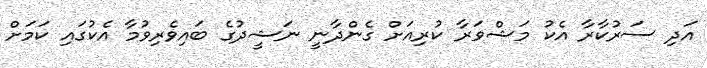
އަދި ސަރުކާރާ އެކު މަޝްވަރާ ކުރިއަށް ގެންދާނީ ނަޝީދުގެ ބައިވެރިވުމާ އެކުގައި ކަމަށް